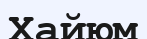
Хайюм